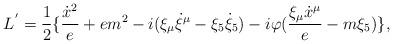
LaTeX: \begin{align*}L^{'}={1\over 2}\{ {{{\dot x}^2}\over e}+em^2-i(\xi_{\mu}{\dot \xi}^{\mu}-\xi_5{\dot \xi}_5)-i\varphi ({{\xi_{\mu}{\dot x}^{\mu}}\over e}-m\xi_5) \}, \end{align*}